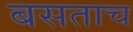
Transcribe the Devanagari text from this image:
बसताच